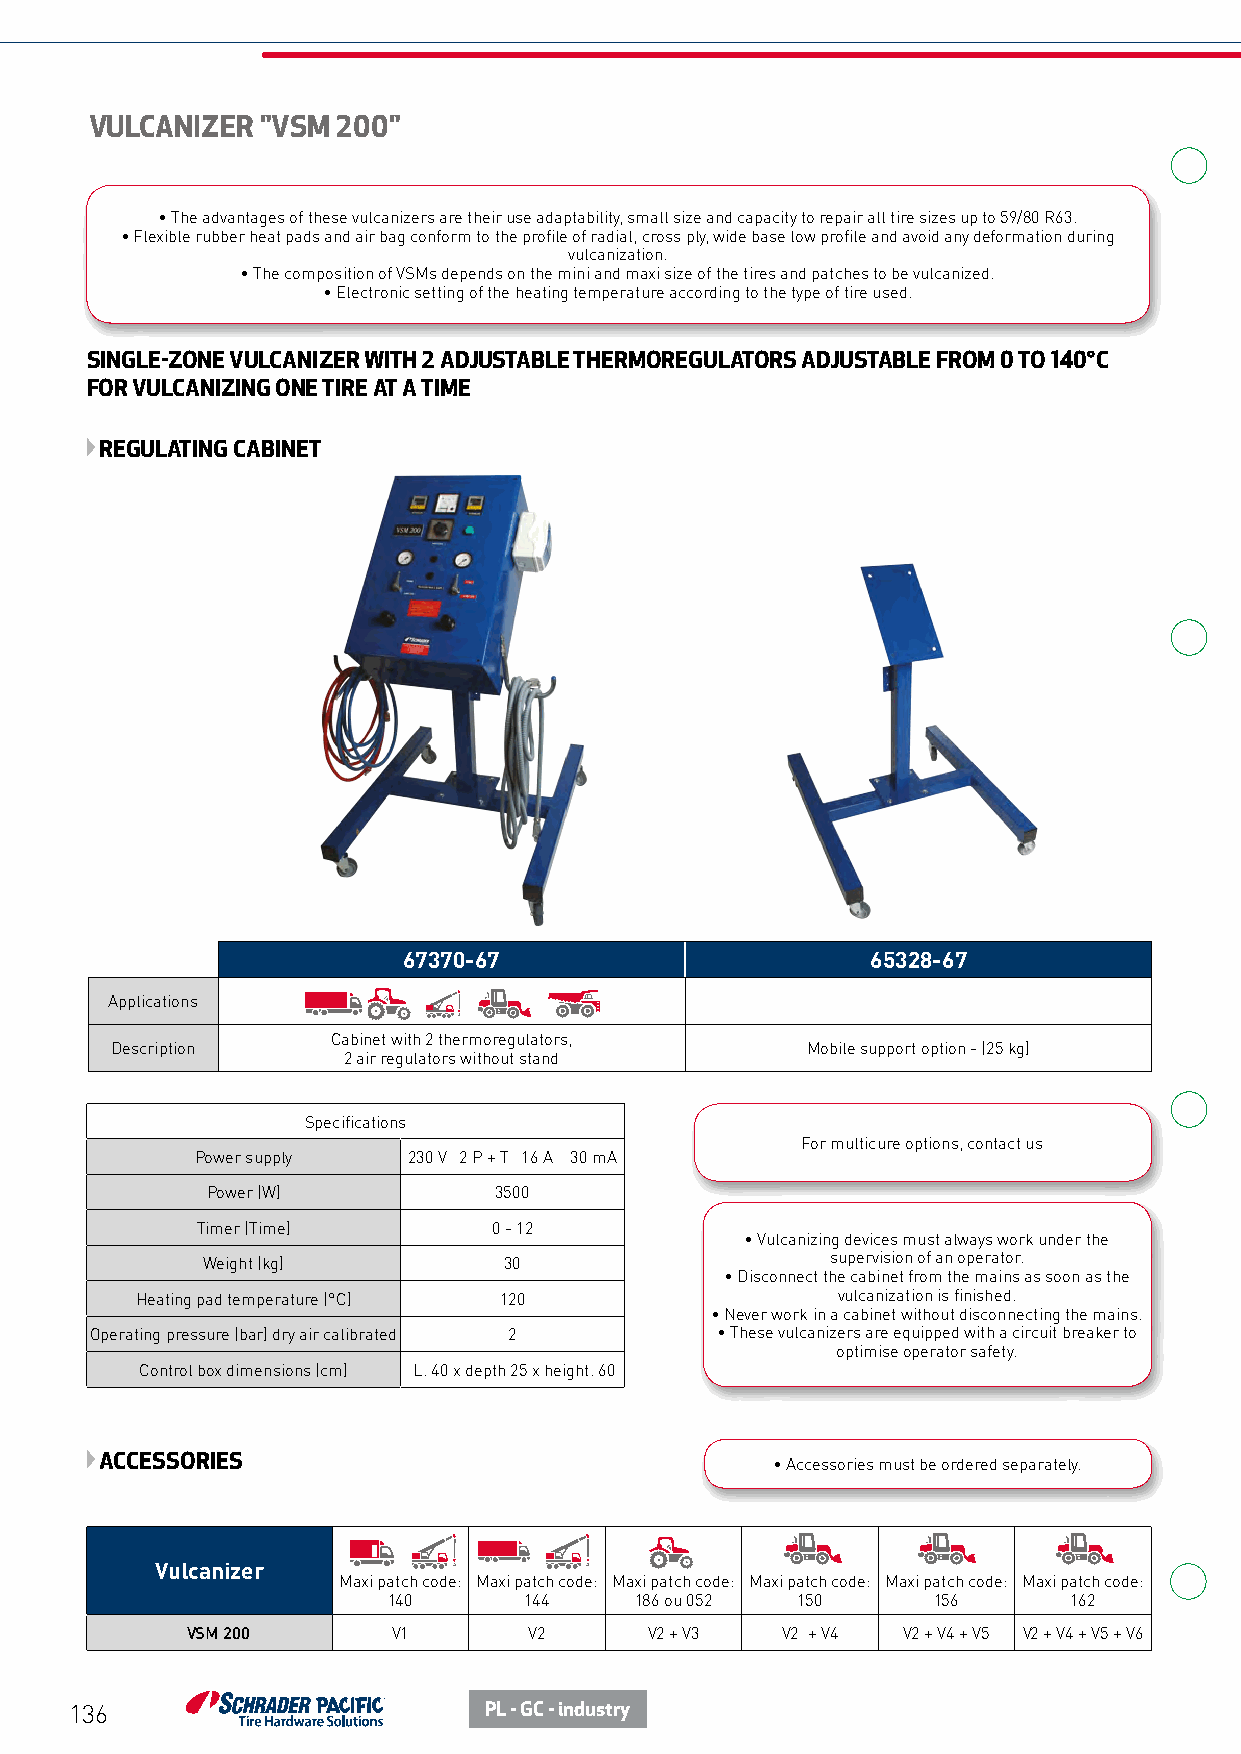
VULCANIZER "VSM 200"
 • The advantages of these vulcanizers are their use adaptability, small size and capacity to repair all tire sizes up to 59/80 R63.
 • Flexible rubber heat pads and air bag conform to the profile of radial, cross ply, wide base low profile and avoid any deformation during
 vulcanization.
 • The composition of VSMs depends on the mini and maxi size of the tires and patches to be vulcanized.
 • Electronic setting of the heating temperature according to the type of tire used.
 SINGLE-ZONE VULCANIZER WITH 2 ADJUSTABLE THERMOREGULATORS ADJUSTABLE FROM 0 TO 140°C
 FOR VULCANIZING ONE TIRE AT A TIME
 REGULATING CABINET
 67370-67                       65328-67
 Applications
 Cabinet with 2 thermoregulators,
 Description                                   Mobile support option - (25 kg)
 2 air regulators without stand
 Specifications
 For multicure options, contact us
 Power supply  230 V 2 P + T 16 A 30 mA
 Power (W)          3500
 Timer (Time)        0 - 12
 • Vulcanizing devices must always work under the
 Weight (kg)         30                    supervision of an operator.
 • Disconnect the cabinet from the mains as soon as the
 Heating pad temperature (°C) 120              vulcanization is finished.
 • Never work in a cabinet without disconnecting the mains.
 Operating pressure (bar) dry air calibrated 2 • These vulcanizers are equipped with a circuit breaker to
 optimise operator safety.
 Control box dimensions (cm) L. 40 x depth 25 x height. 60
 ACCESSORIES                                 • Accessories must be ordered separately.
 Vulcanizer
 Maxi patch code: Maxi patch code: Maxi patch code: Maxi patch code: Maxi patch code: Maxi patch code:
 140      144    186 ou 052 150      156      162
 VSM 200       V1       V2      V2 + V3  V2 + V4 V2 + V4 + V5 V2 + V4 + V5 + V6
 136                        PL - GC - industry